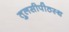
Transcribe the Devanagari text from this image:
तुलसीपीठस्थ